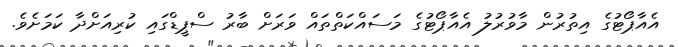
އެއާޕޯޓުގެ އިތުރުން މާވުރުލު އެއާޕޯޓުގެ މަސައްކަތްތައް ވަރަށް ބާރު ސްޕީޑްގައި ކުރިއަށްދާ ކަމަށެވެ.